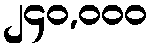
၂၄၀,၀၀၀